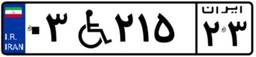
۵۶W۵۸۸۸۲